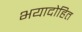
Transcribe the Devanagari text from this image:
भयादोहित